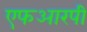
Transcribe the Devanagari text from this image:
एफआरपी